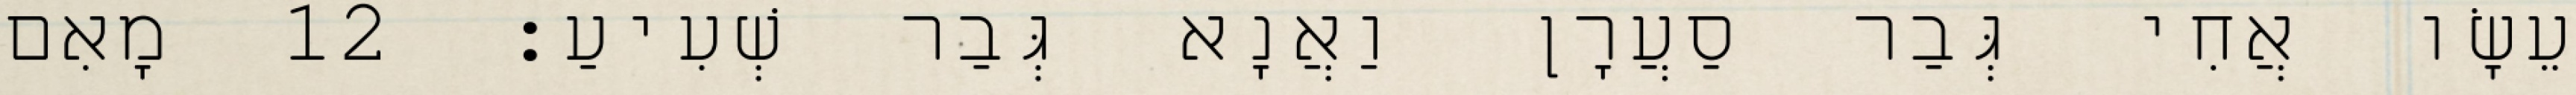
עֵשָׂו אֲחִי גְּבַר סַעֲרָן וַאֲנָא גְּבַר שְׁעִיעַ׃ 12 מָאִם